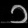
Digit: ၁